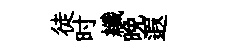
徒时纖晚遐